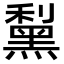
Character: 䵩